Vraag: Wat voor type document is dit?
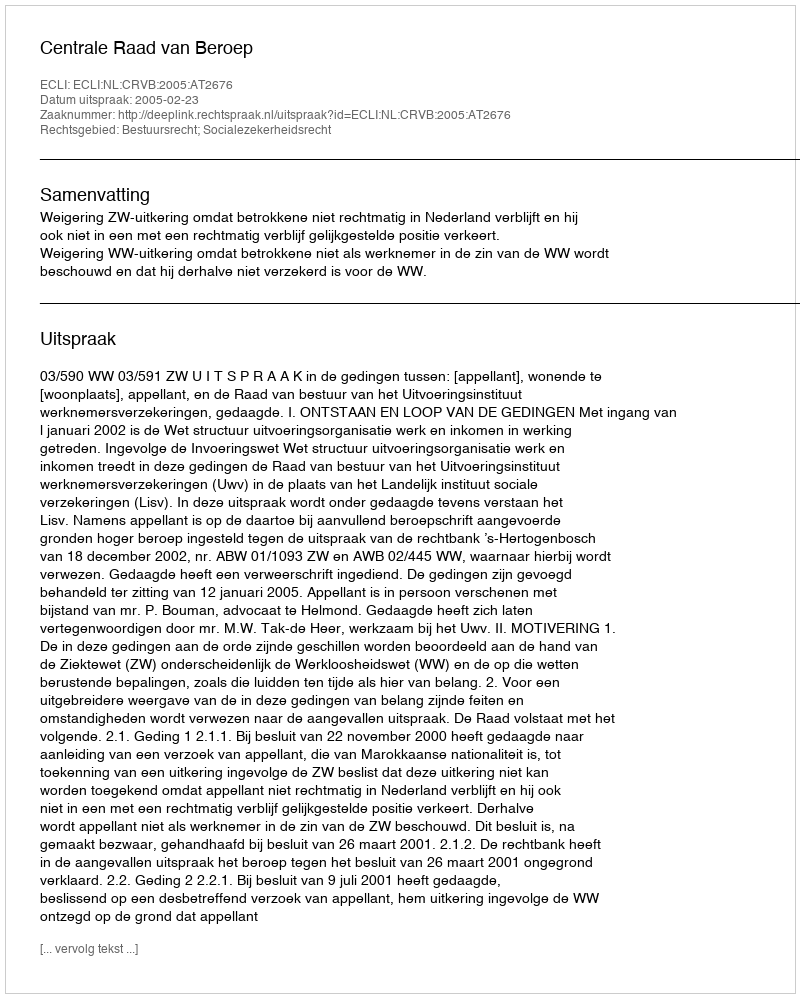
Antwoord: Uitspraak